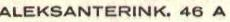
ALEKSANTERINK.46 A